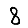
Digit: 8